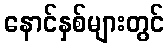
နောင်နှစ်များတွင်